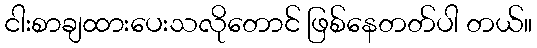
ငါးစာချထားပေးသလိုတောင် ဖြစ်နေတတ်ပါ တယ်။